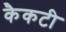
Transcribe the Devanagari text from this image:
कैकटी